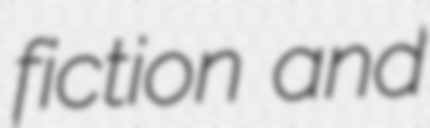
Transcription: fiction and